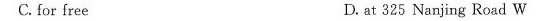
C. for free D. at 325 Nanjing Road W